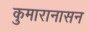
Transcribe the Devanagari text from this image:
कुमारानासन